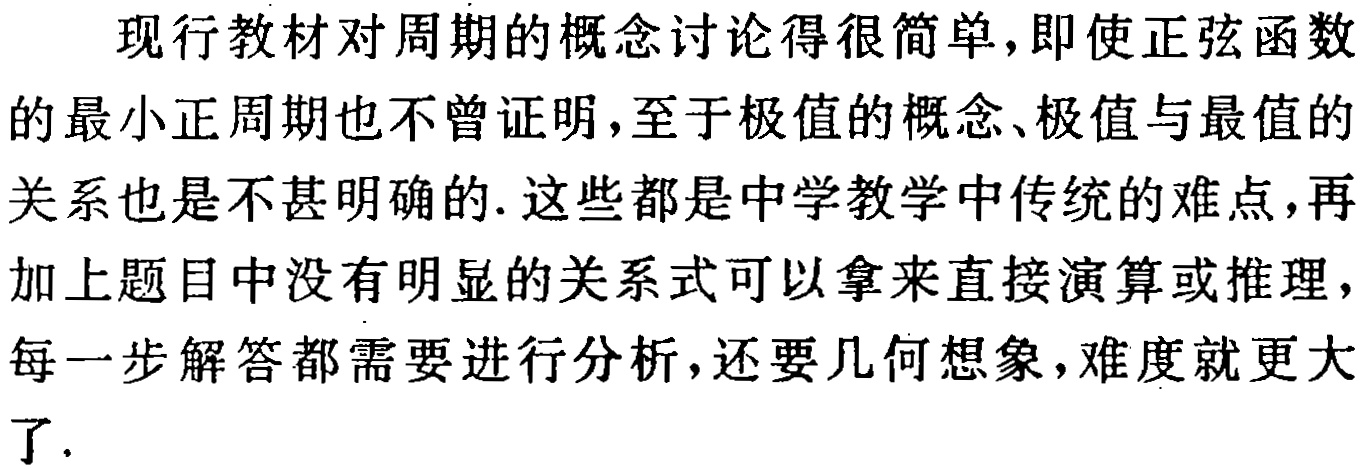
现行教材对周期的概念讨论得很简单,即使正弦函数的最小正周期也不曾证明,至于极值的概念、极值与最值的关系也是不甚明确的. 这些都是中学教学中传统的难点,再加上题目中没有明显的关系式可以拿来直接演算或推理,每一步解答都需要进行分析,还要几何想象,难度就更大了.